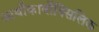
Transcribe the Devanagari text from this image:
आर्थोकार्बोक्सिलिक